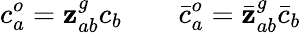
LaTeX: c_{a}^{o}=\mathbf{z}_{ab}^{g}c_{b}\qquad\bar{{c}}_{a}^{o}=\bar{{\mathbf{z}}}_{ab}^{g}\bar{{c}}_{b}